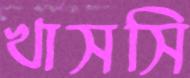
খাসসি